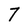
Character: 7